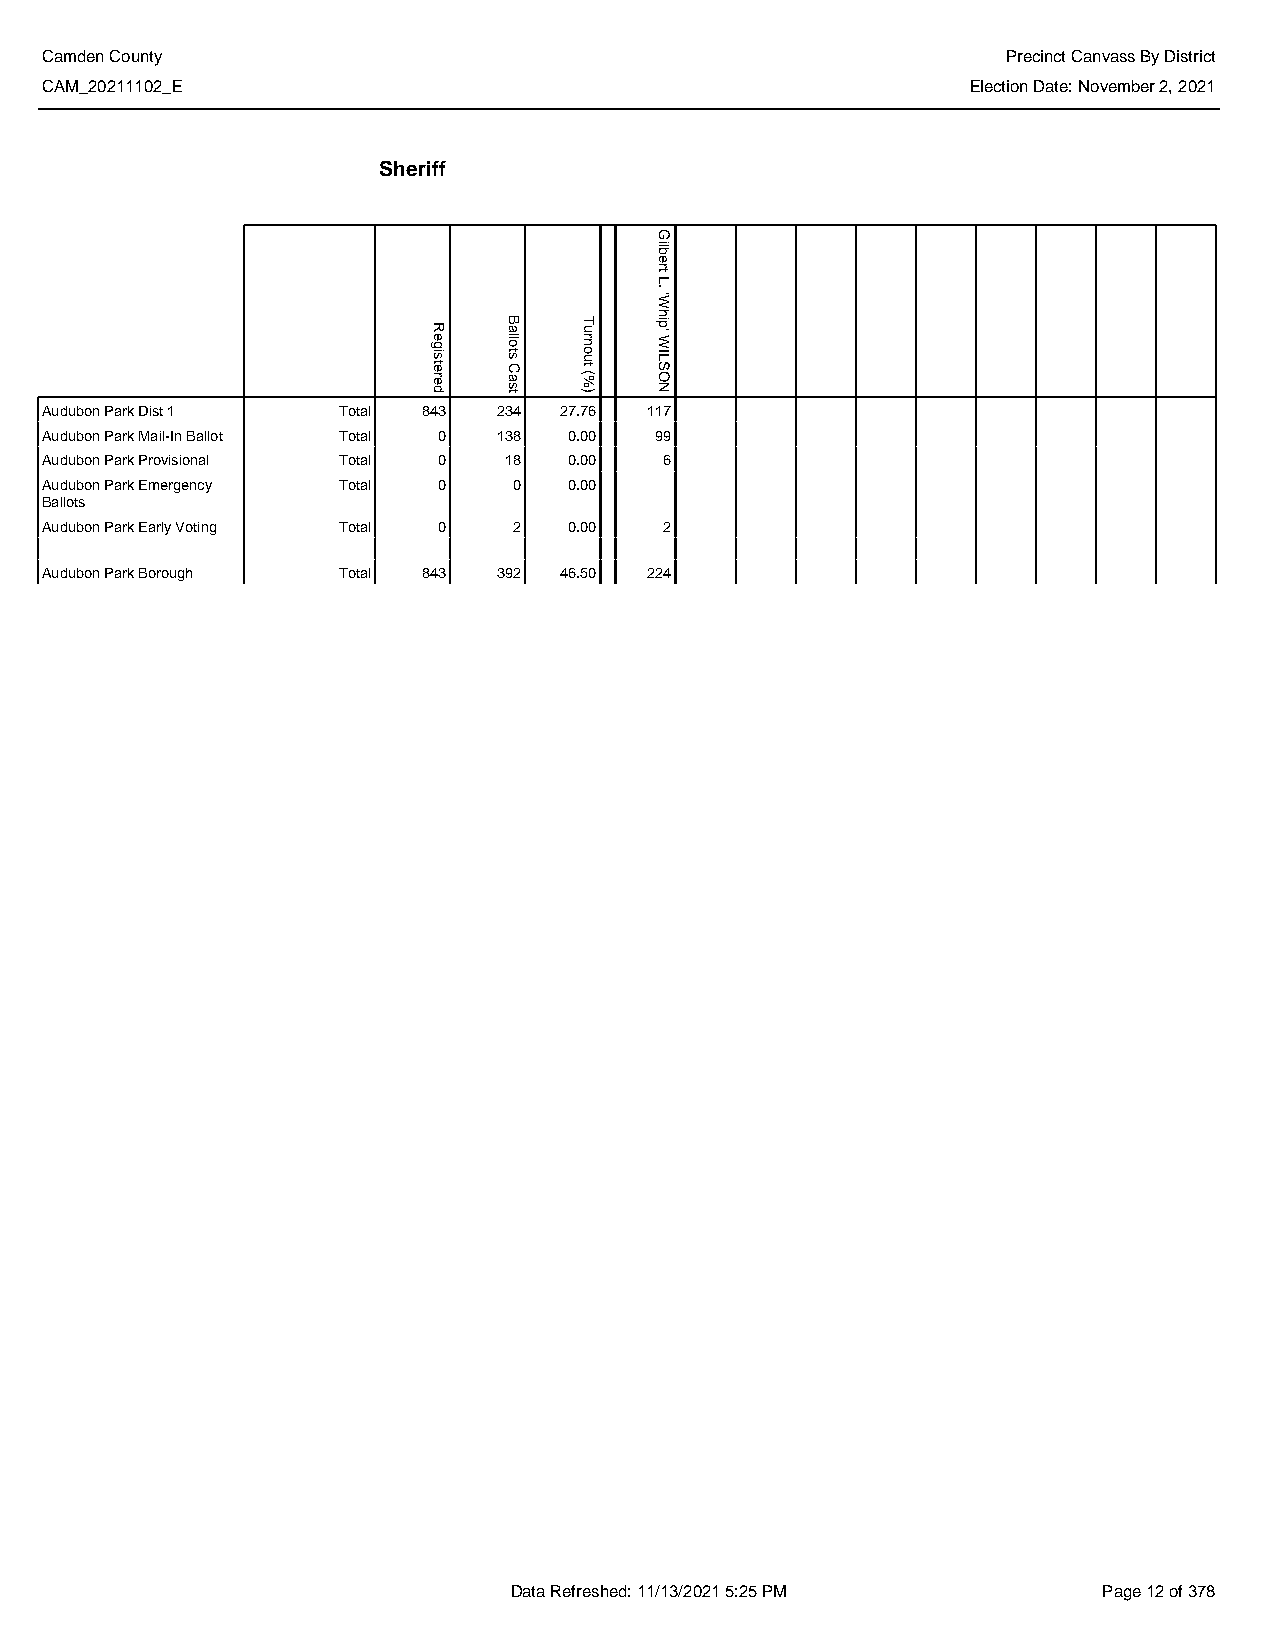
Camden County                                                   Precinct Canvass By District
 CAM_20211102_E                                               Election Date: November 2, 2021
 Sheriff
 Audubon Park Dist 1 Total 843 234 27.76 117
 Audubon Park Mail-In Ballot Total 0 138 0.00 99
 Audubon Park Provisional Total 0 18 0.00 6
 Audubon Park Emergency Total 0 0   0.00
 Ballots
 Audubon Park Early Voting Total 0 2 0.00 2
 Audubon Park Borough Total 843 392 46.50 224
 Data Refreshed: 11/13/2021 5:25 PM     Page 12 of 378
 Registered
 Ballots
 Cast
 Turnout
 (%)
 Gilbert
 L.
 'Whip'
 WILSON